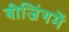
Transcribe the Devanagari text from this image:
बीजिंगमें